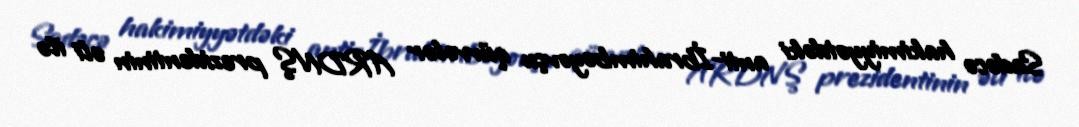
Sadəcə hakimiyyətdəki anti-İbrahimbəyovçu qüvvələr ARDNŞ prezidentinin əli ilə